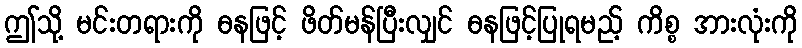
ဤသို့ မင်းတရားကို ဓနဖြင့် ဖိတ်မန်ပြီးလျှင် ဓနဖြင့်ပြုရမည့် ကိစ္စ အားလုံးကို